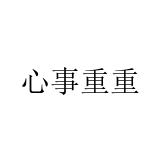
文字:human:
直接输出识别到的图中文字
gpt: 心事重重